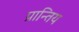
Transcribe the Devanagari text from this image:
प्रान्तिय